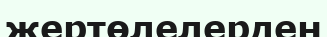
жертөлелерден